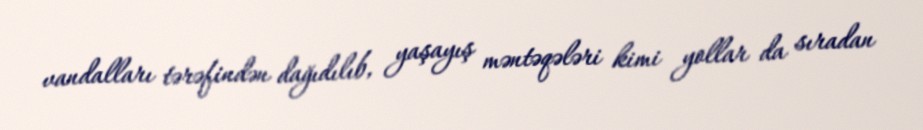
vandalları tərəfindən dağıdılıb, yaşayış məntəqələri kimi yollar da sıradan